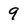
Character: 9